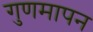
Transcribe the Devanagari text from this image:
गुणमापन